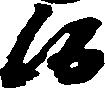
候